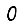
Digit: 0